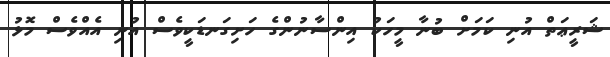
ޝަރީޢަތް އުނި ކަމަށް ބުނާ މީހަކު އިންސާނުންގެ ހަށިގަނޑަކީވެސް އުނި އެއްވެސް މޮޅު